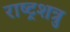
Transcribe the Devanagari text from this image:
राष्ट्रशत्रु